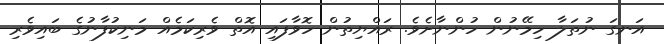
އަނގަ ނުތަލާ ހިމޭނުން ހުންނާށެވެ. ރައްޔިތުން ހޮވާފައި އޮތް ވެރިކަމެއް މަނިކުފާނުގެ ބައިވެރި